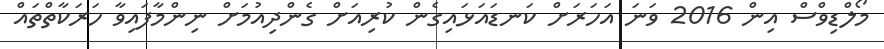
މޯލްޑިވްސް އިން 2016 ވަނަ އަހަރަށް ކަނޑައަޅައިގެން ކުރިއަށް ގެންދިއުމަށް ނިންމާފައިވާ ހަރަކާތްތައް